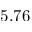
5 . 7 6